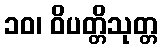
၁၀၊ ဝိပတ္တိသုတ္တ